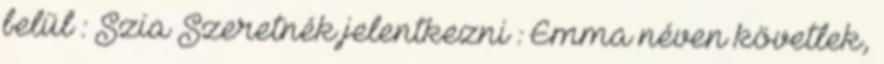
belül : Szia Szeretnék jelentkezni : Emma néven követlek,